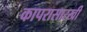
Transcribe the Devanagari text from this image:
कापरासारखी